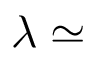
\lambda \simeq